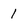
Character: 1